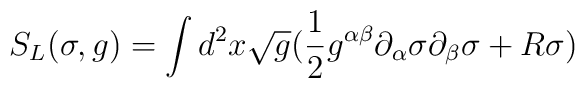
S_L (\sigma,g)=\int d^2 x\sqrt g (\frac{1}{2}g^{\alpha\beta}\partial_\alpha\sigma\partial_\beta\sigma + R\sigma)